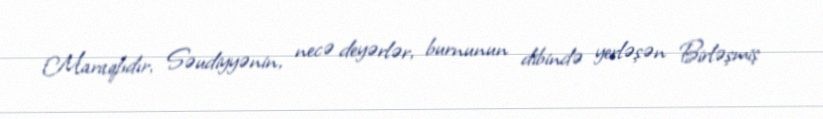
Maraqlıdır, Səudiyyənin, necə deyərlər, burnunun dibində yerləşən Birləşmiş